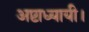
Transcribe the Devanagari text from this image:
अष्टाध्यायी।